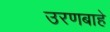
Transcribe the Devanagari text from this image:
उरणबाहे